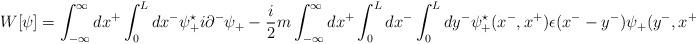
LaTeX: \begin{align*}W[{\psi}] = \int_{-\infty}^{\infty} dx^{+} \int_0^L dx^{-}{\psi}_{+}^{\star} i {\partial}^{-} {\psi}_{+}- \frac{i}{2} m \int_{-\infty}^{\infty} dx^{+}\int_0^L dx^{-} \int_0^L dy^{-} {\psi}_{+}^{\star}(x^{-},x^{+})\epsilon(x^{-} - y^{-}) {\psi}_{+}(y^{-},x^{+})\end{align*}